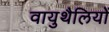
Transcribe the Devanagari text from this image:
वायुथैलियों